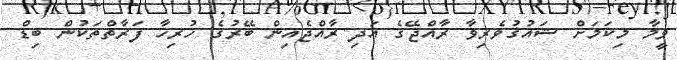
ވީމާ މިކަމަށް ޝައުޤުވެރިވާ ރާއްޖޭގެ އަދި ރާއްޖެއިން ބޭރުގެ ހުރިހާ ފަރާތްތަކުން ބިޑް